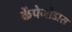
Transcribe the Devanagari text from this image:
केंपेगौडास